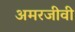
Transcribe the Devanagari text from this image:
अमरजीवी